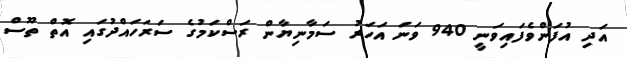
އަދި އުފަންވެފައިވަނީ 940 ވަނަ އަހަރު ސަމާނިޔާން ރަސްކަމުގެ ސަރަހައްދުގައި އޮތް ތޫސް